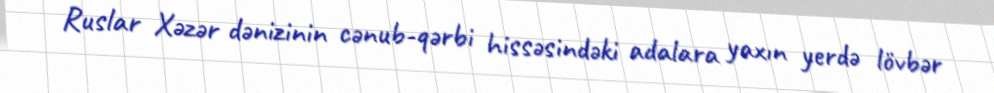
Ruslar Xəzər dənizinin cənub-qərbi hissəsindəki adalara yaxın yerdə lövbər